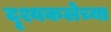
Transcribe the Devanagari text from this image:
दृश्यकलेच्या